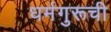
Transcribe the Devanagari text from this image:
धर्मगुरूची